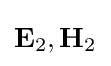
\mathbf {E} _{2},\mathbf {H} _{2}